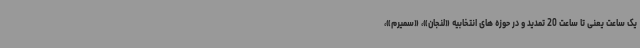
یک ساعت یعنی تا ساعت 20 تمدید و در حوزه های انتخابیه «لنجان»، «سمیرم»،